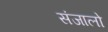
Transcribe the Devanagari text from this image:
संजालो